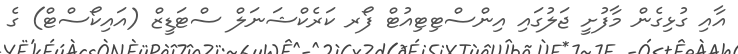
އާާއި ގުޅިގެން މާފުށީ ޖަލުގައި އިންސްޓިޓިއުޓް ފޯރ ކަރެކްޝަނަލް ސްޓަޑީޒް (އައިކޯސްޓް) ގެ